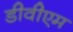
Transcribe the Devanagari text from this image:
डीवीएम